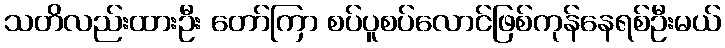
သတိလည်းထားဦး တော်ကြာ စပ်ပူစပ်လောင်ဖြစ်ကုန်နေရစ်ဦးမယ်